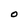
Character: O